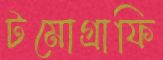
টমোগ্রাফি